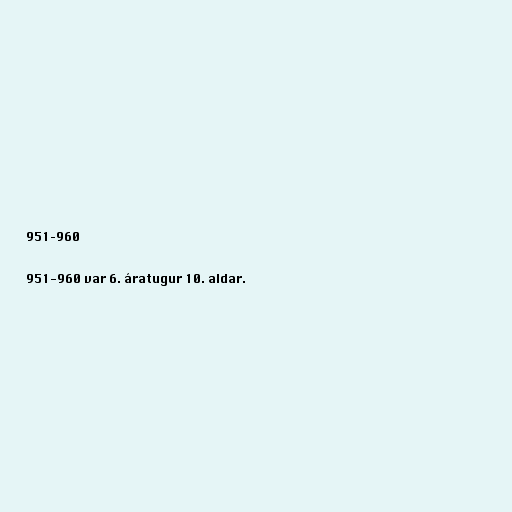
951–960

951-960 var 6. áratugur 10. aldar.